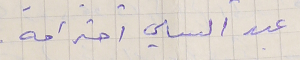
عبد السامي احترامه.